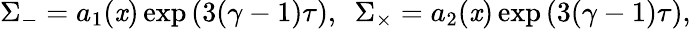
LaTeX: \Sigma_{-}=a_{1}(\mathit{x})\exp{(3(\gamma-1)\tau)},~~\Sigma_{\times}=a_{2}(\mathit{x})\exp{(3(\gamma-1)\tau)},